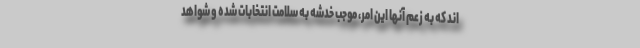
اند که به زعم آنها این امر، موجب خدشه به سلامت انتخابات شده و شواهد